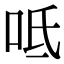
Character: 呧